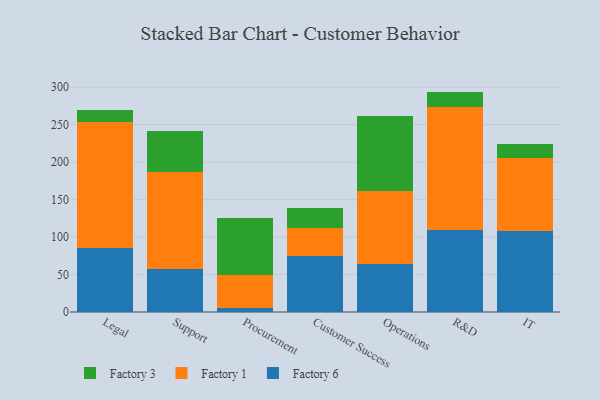
{"axis": {"x": "Department", "y": "Conversion Rate (%)"}, "legend": ["Factory 1", "Factory 3", "Factory 6"], "data": [{"x": "Legal", "y": 85.0, "type": "Factory 6"}, {"x": "Legal", "y": 167.8, "type": "Factory 1"}, {"x": "Legal", "y": 16.6, "type": "Factory 3"}, {"x": "Support", "y": 57.9, "type": "Factory 6"}, {"x": "Support", "y": 129.4, "type": "Factory 1"}, {"x": "Support", "y": 54.0, "type": "Factory 3"}, {"x": "Procurement", "y": 5.5, "type": "Factory 6"}, {"x": "Procurement", "y": 43.3, "type": "Factory 1"}, {"x": "Procurement", "y": 76.2, "type": "Factory 3"}, {"x": "Customer Success", "y": 74.2, "type": "Factory 6"}, {"x": "Customer Success", "y": 37.6, "type": "Factory 1"}, {"x": "Customer Success", "y": 27.5, "type": "Factory 3"}, {"x": "Operations", "y": 63.9, "type": "Factory 6"}, {"x": "Operations", "y": 97.5, "type": "Factory 1"}, {"x": "Operations", "y": 100.5, "type": "Factory 3"}, {"x": "R&D", "y": 109.3, "type": "Factory 6"}, {"x": "R&D", "y": 163.8, "type": "Factory 1"}, {"x": "R&D", "y": 20.9, "type": "Factory 3"}, {"x": "IT", "y": 107.5, "type": "Factory 6"}, {"x": "IT", "y": 98.0, "type": "Factory 1"}, {"x": "IT", "y": 18.0, "type": "Factory 3"}]}